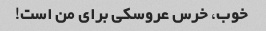
خوب، خرس عروسکی برای من است!